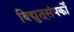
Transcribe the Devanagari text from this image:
विद्युत्‌संपर्को